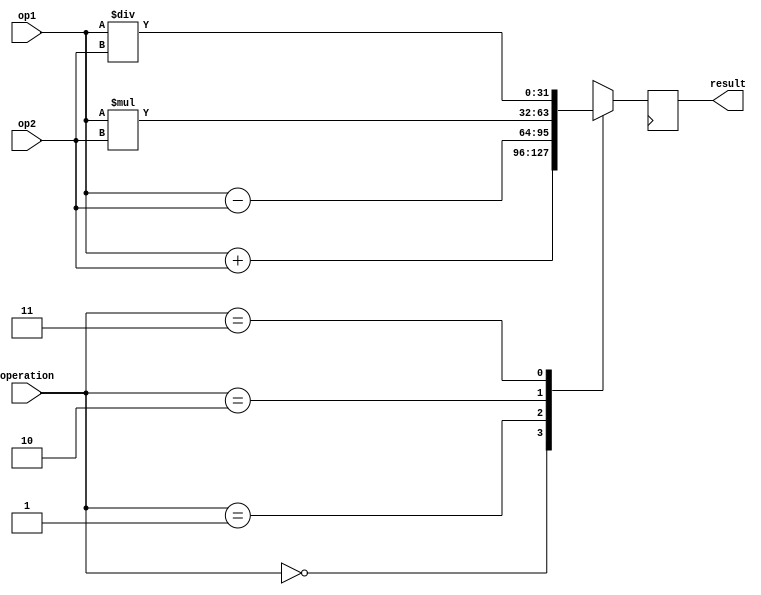
module floating_point_ALU (
    input wire [31:0] op1, // Input register for operand 1
    input wire [31:0] op2, // Input register for operand 2
    input wire [1:0] operation, // Control unit for selecting operation (00 for addition, 01 for subtraction, 10 for multiplication, 11 for division)
    output reg [31:0] result // Output register for storing the result
);

reg [31:0] temp_result;

always @(*) begin
    case(operation)
        2'b00: temp_result = op1 + op2; // Addition
        2'b01: temp_result = op1 - op2; // Subtraction
        2'b10: temp_result = op1 * op2; // Multiplication
        2'b11: temp_result = op1 / op2; // Division
    endcase
end

// Floating point representation, rounding modes, and exception handling mechanisms can be implemented here

always @(posedge clk) begin
    result <= temp_result;
end

endmodule